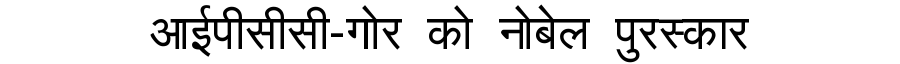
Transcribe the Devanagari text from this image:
आईपीसीसी-गोर को नोबेल पुरस्कार